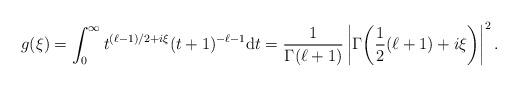
LaTeX: \begin{align*}g(\xi)=\int_{0}^{\infty}t^{(\ell-1)/2+i\xi}(t+1)^{-\ell-1}\mbox{d}t=\frac{1}{\Gamma(\ell+1)}\left|\Gamma\!\left(\frac{1}{2}(\ell+1)+i\xi\right)\right|^{2}.\end{align*}